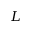
L